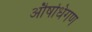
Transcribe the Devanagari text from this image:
औषधिगण